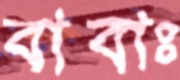
বাবাঃ